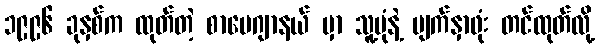
၁၉၉၆ ခုနှစ်က ထုတ်တဲ့ စာပေဂျာနယ် မှာ သူ့ပုံနဲ့ မျက်နှာဖုံး တင်ထုတ်လို့